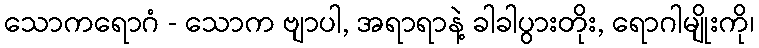
သောကရောဂံ - သောက ဗျာပါ, အရာရာနဲ့ ခါခါပွားတိုး, ရောဂါမျိုးကို၊